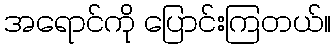
အရောင်ကို ပြောင်းကြတယ်။